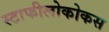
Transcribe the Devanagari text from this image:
स्टाफीलोकोकस